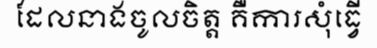
ដែលនាងចូលចិត្ត គឺការសុំធ្វើ